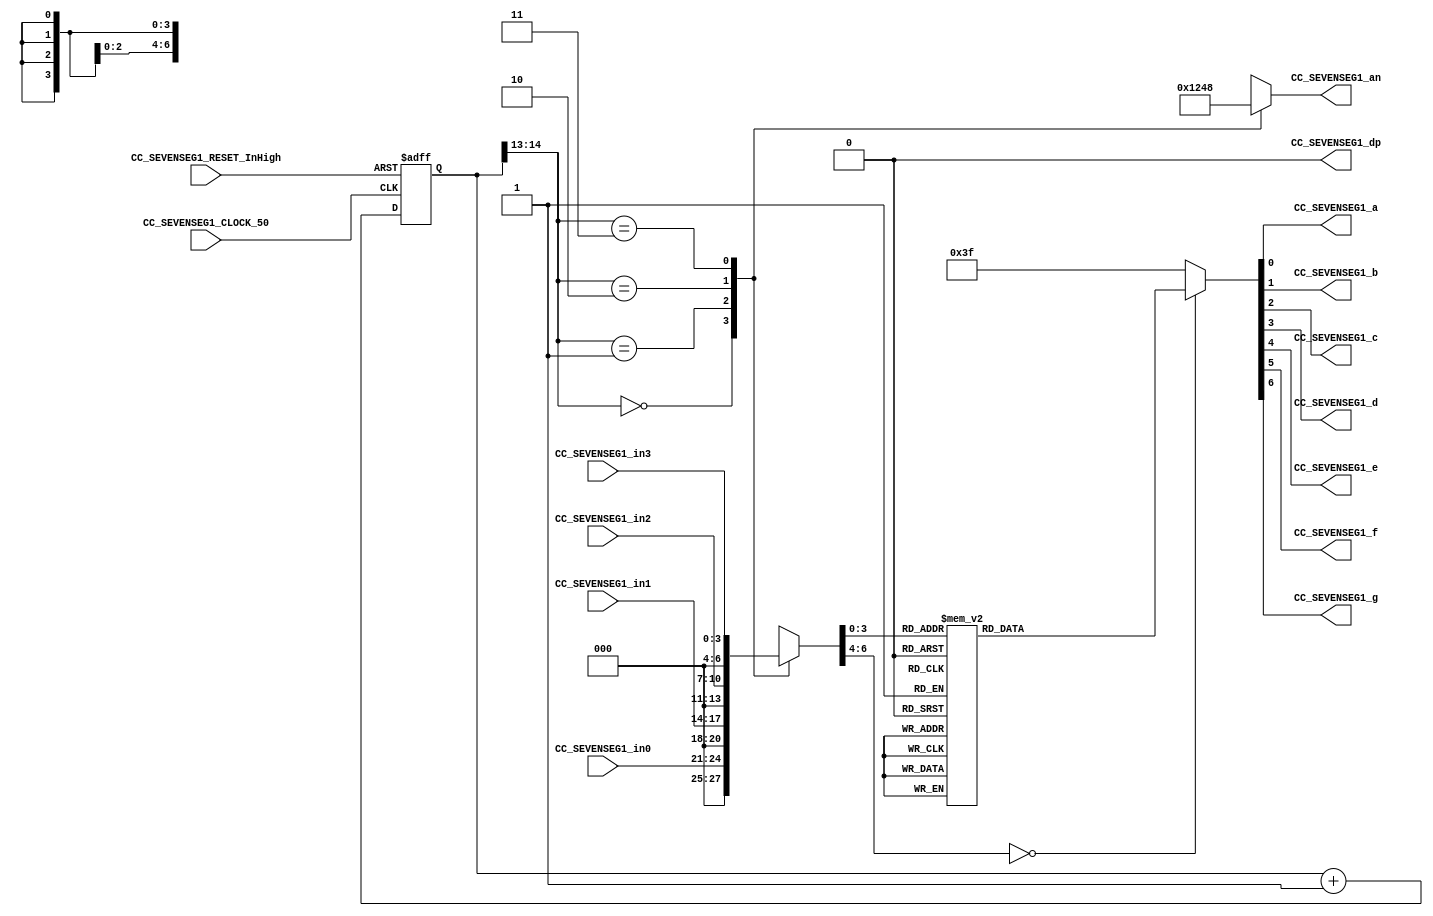
//##########################################################################
//######					TTDE-SD HDL EXAMPLES											####
//######	Fredy Enrique Segura-Quijano fsegura@uniandes.edu.co				####   
//######																						####   
//######				MODIFICADO: Agosto de 2016 - FES								####   
//##########################################################################
//# TTDE-SD
//# Copyright (C) 2014 Bogot, Colombia
//# 
//# This program is free software: you can redistribute it and/or modify
//# it under the terms of the GNU General Public License as published by
//# the Free Software Foundation, version 3 of the License.
//#
//# This program is distributed in the hope that it will be useful,
//# but WITHOUT ANY WARRANTY; without even the implied warranty of
//# MERCHANTABILITY or FITNESS FOR A PARTICULAR PURPOSE.  See the
//# GNU General Public License for more details.
//#
//# You should have received a copy of the GNU General Public License
//# along with this program.  If not, see <http://www.gnu.org/licenses/>.
//#/
//###########################################################################

module CC_SEVENSEG1(
 input CC_SEVENSEG1_CLOCK_50, CC_SEVENSEG1_RESET_InHigh,
 input [3:0] CC_SEVENSEG1_in0, CC_SEVENSEG1_in1, CC_SEVENSEG1_in2, CC_SEVENSEG1_in3,  //the 4 inputs for each display
 output CC_SEVENSEG1_a, CC_SEVENSEG1_b, CC_SEVENSEG1_c, CC_SEVENSEG1_d, CC_SEVENSEG1_e, CC_SEVENSEG1_f, CC_SEVENSEG1_g, CC_SEVENSEG1_dp, //the individual LED output for the seven segment along with the digital point
 output [3:0] CC_SEVENSEG1_an   // the 4 bit enable signal
 );
 
localparam N = 15;
 
reg [N-1:0]count; //the 18 bit counter which allows us to multiplex at 1000Hz
 
always @ (posedge CC_SEVENSEG1_CLOCK_50 or posedge CC_SEVENSEG1_RESET_InHigh)
 begin
  if (CC_SEVENSEG1_RESET_InHigh==1)
   count <= 0;
  else
   count <= count + 1;
 end
 
reg [6:0]sseg; //the 7 bit register to hold the data to output
reg [3:0]an_temp; //register for the 4 bit enable
 
always @ (*)
 begin
  case(count[N-1:N-2]) //using only the 2 MSB's of the counter 
    
   2'b00 :  //When the 2 MSB's are 00 enable the fourth display
    begin
     sseg = CC_SEVENSEG1_in0;
     an_temp = 4'b0001;
    end
    
   2'b01:  //When the 2 MSB's are 01 enable the third display
    begin
     sseg = CC_SEVENSEG1_in1;
     an_temp = 4'b0010;
    end
    
   2'b10:  //When the 2 MSB's are 10 enable the second display
    begin
     sseg = CC_SEVENSEG1_in2;
     an_temp = 4'b0100;
    end
     
   2'b11:  //When the 2 MSB's are 11 enable the first display
    begin
     sseg = CC_SEVENSEG1_in3;
     an_temp = 4'b1000;
    end
  endcase
 end
assign CC_SEVENSEG1_an = an_temp;
 
 
reg [6:0] sseg_temp; // 7 bit register to hold the binary value of each input given
 
always @ (*)
 begin
  case(sseg)
//   4'd0 : sseg_temp = 7'b1000000; //to display 0
   4'd0 : sseg_temp = 7'b1000000; //to display 0  40h
	4'd1 : sseg_temp = 7'b1111001; //to display 1 	79h
   4'd2 : sseg_temp = 7'b0100100; //to display 2 	24h
   4'd3 : sseg_temp = 7'b0110000; //to display 3 	30h
   4'd4 : sseg_temp = 7'b0011001; //to display 4 	19h
   4'd5 : sseg_temp = 7'b0010010; //to display 5 	12h
   4'd6 : sseg_temp = 7'b0000010; //to display 6 	02h
   4'd7 : sseg_temp = 7'b1111000; //to display 7 	78h
   4'd8 : sseg_temp = 7'b0000000; //to display 8 	00h
   4'd9 : sseg_temp = 7'b0010000; //to display 9   10h
   default : sseg_temp = 7'b0111111; //dash
  endcase
 end
assign {CC_SEVENSEG1_g, CC_SEVENSEG1_f, CC_SEVENSEG1_e, CC_SEVENSEG1_d, CC_SEVENSEG1_c, CC_SEVENSEG1_b, CC_SEVENSEG1_a} = sseg_temp; //concatenate the outputs to the register, this is just a more neat way of doing this.
// I could have done in the case statement: 4'd0 : {g, f, e, d, c, b, a} = 7'b1000000; 
// its the same thing.. write however you like it
 
assign CC_SEVENSEG1_dp = 1'b0; //since the decimal point is not needed, all 4 of them are turned off
 
 
endmodule